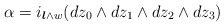
\begin{align*}\alpha=i_{\boldsymbol{l}\wedge w}(dz_0\wedge dz_1\wedge dz_2\wedge dz_3)\end{align*}